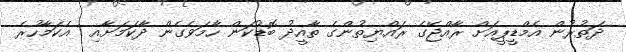
ދަތުރުން އެމްޑީޕީއަށް ރާއްޖޭގެ ރައްޔިތުންގެ ތާއީދު ބޮޑުކަން ހާމަވެގެން ދާކަމަށާއި  އެކަމާހުރެ